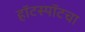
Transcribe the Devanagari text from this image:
हॉटस्पॉटचा